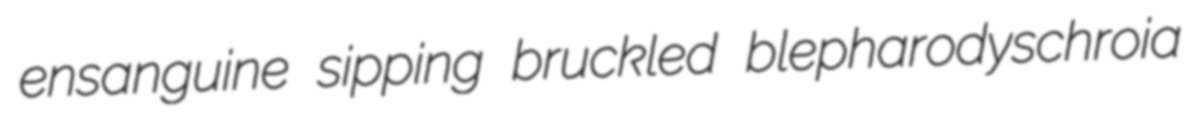
ensanguine sipping bruckled blepharodyschroia